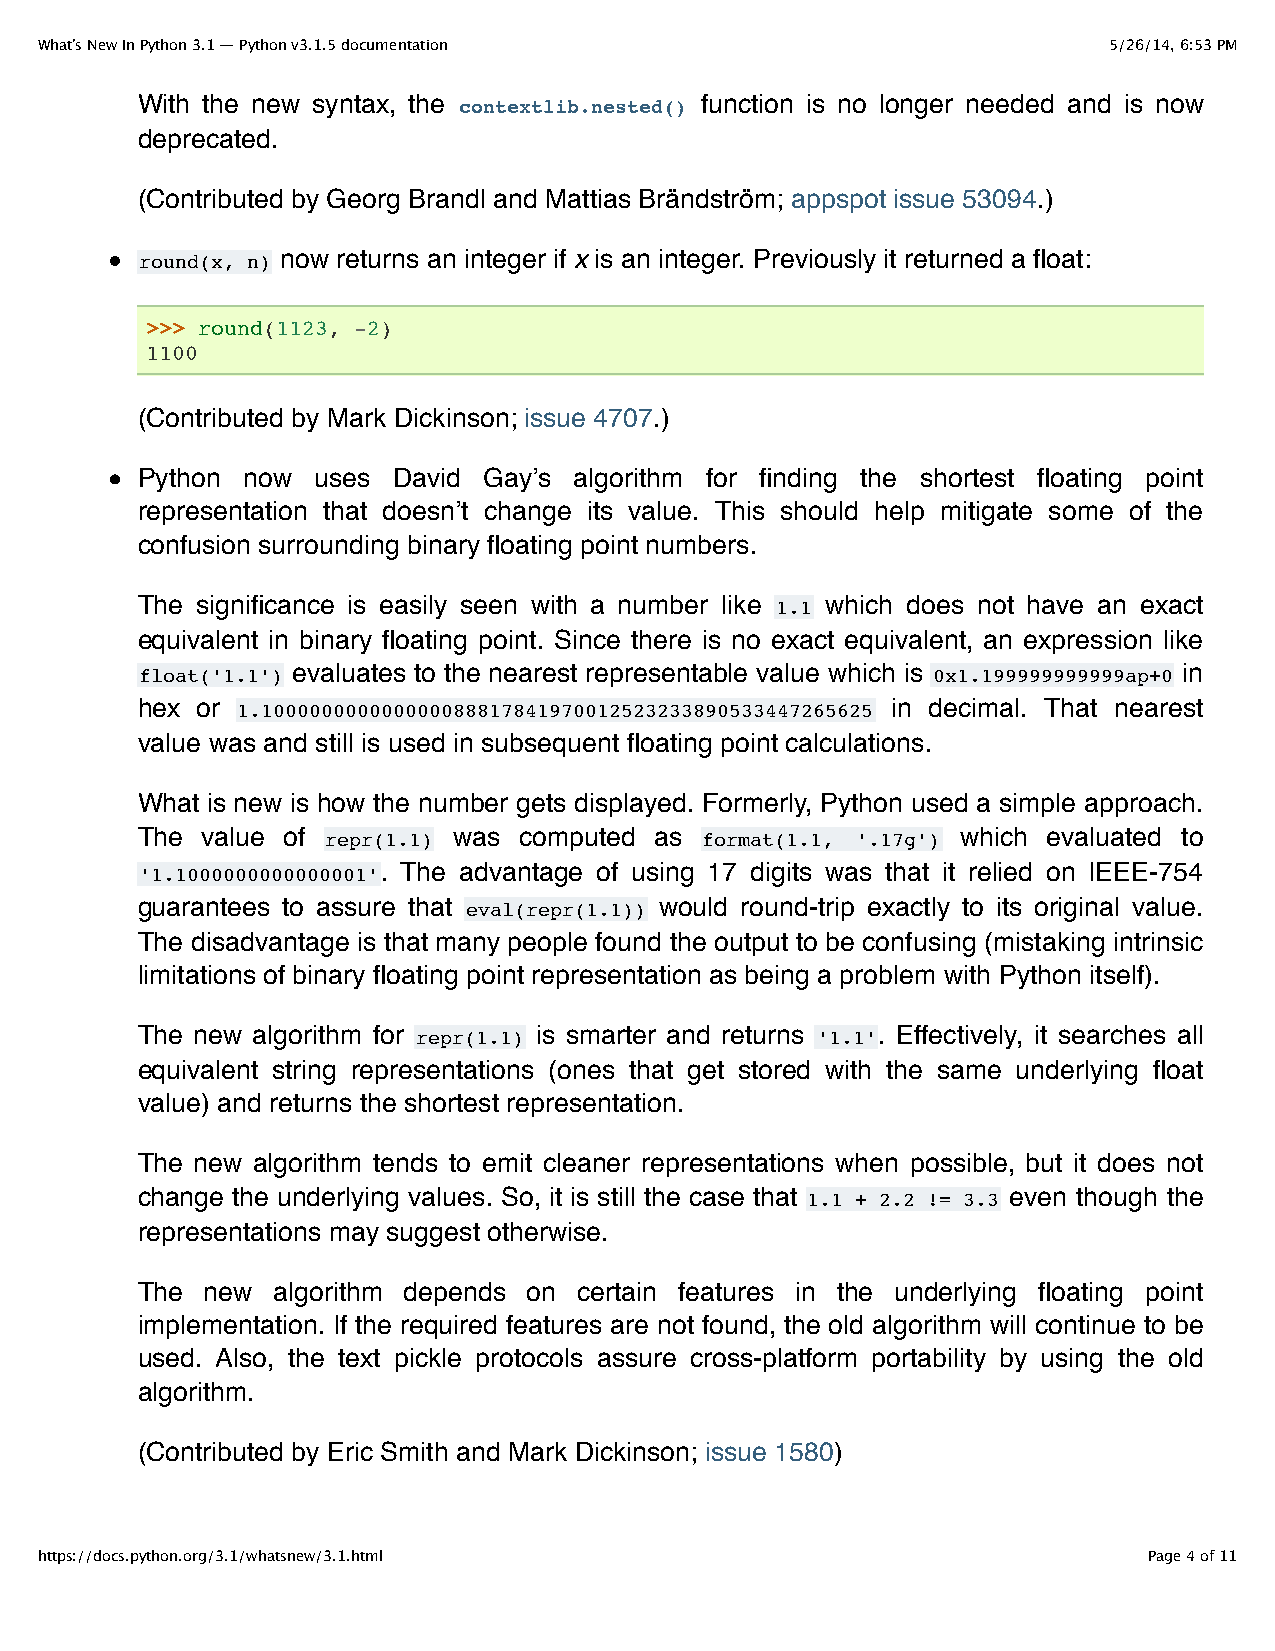
What’s New In Python 3.1 — Python v3.1.5 documentation                 5/26/14, 6:53 PM
 With the new syntax, the contextlib.nested() function is no longer needed and is now
 deprecated.
 (Contributed by Georg Brandl and Mattias Brändström; appspot issue 53094.)
 round(x, n) now returns an integer if x is an integer. Previously it returned a float:
 >>> round(1123, -2)
 1100
 (Contributed by Mark Dickinson; issue 4707.)
 Python now  uses David Gay’s algorithm for finding the shortest floating point
 representation that doesn’t change its value. This should help mitigate some of the
 confusion surrounding binary floating point numbers.
 The significance is easily seen with a number like 1.1 which does not have an exact
 equivalent in binary floating point. Since there is no exact equivalent, an expression like
 float('1.1') evaluates to the nearest representable value which is 0x1.199999999999ap+0 in
 hex or 1.100000000000000088817841970012523233890533447265625 in decimal. That nearest
 value was and still is used in subsequent floating point calculations.
 What is new is how the number gets displayed. Formerly, Python used a simple approach.
 The value of repr(1.1) was computed as format(1.1, '.17g') which evaluated to
 '1.1000000000000001'. The advantage of using 17 digits was that it relied on IEEE-754
 guarantees to assure that eval(repr(1.1)) would round-trip exactly to its original value.
 The disadvantage is that many people found the output to be confusing (mistaking intrinsic
 limitations of binary floating point representation as being a problem with Python itself).
 The new algorithm for repr(1.1) is smarter and returns '1.1'. Effectively, it searches all
 equivalent string representations (ones that get stored with the same underlying float
 value) and returns the shortest representation.
 The new algorithm tends to emit cleaner representations when possible, but it does not
 change the underlying values. So, it is still the case that 1.1 + 2.2 != 3.3 even though the
 representations may suggest otherwise.
 The  new algorithm depends on certain features in the underlying floating point
 implementation. If the required features are not found, the old algorithm will continue to be
 used. Also, the text pickle protocols assure cross-platform portability by using the old
 algorithm.
 (Contributed by Eric Smith and Mark Dickinson; issue 1580)
 https://docs.python.org/3.1/whatsnew/3.1.html                             Page 4 of 11